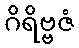
ဂိရိဗ္ဗဇံ